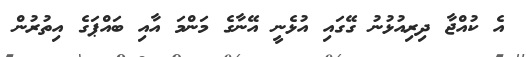
އެ ކުއްޖާ ދިރިއުޅުނު ގޭގައި އުޅެނީ އޭނާގެ މަންމަ އާއި ބައްޕަގެ އިތުރުން